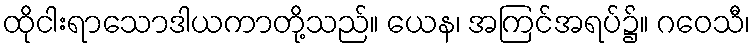
ထိုငါးရာသောဒါယကာတို့သည်။ ယေန၊ အကြင်အရပ်၌။ ဂဝေသီ၊